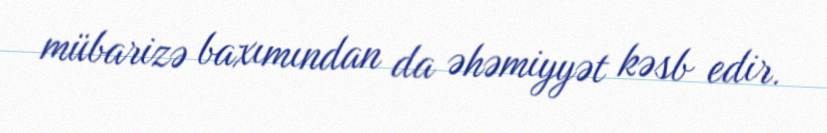
mübarizə baxımından da əhəmiyyət kəsb edir.